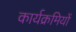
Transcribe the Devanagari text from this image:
कार्यक्रमियों